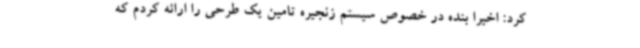
کرد: اخیرا بنده در خصوص سیستم زنجیره تامین یک طرحی را ارائه کردم که